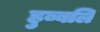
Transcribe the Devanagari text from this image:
हुब्बलि